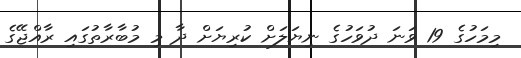
މިމަހުގެ 19 ވަނަ ދުވަހުގެ ނިޔަލަށް ކުރިޔަށް ދާ މި މުބާރާތުގައި ރާއްޖޭގެ